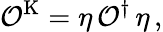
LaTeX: \mathcal{O}^{\mathrm{K}}=\eta\, \mathcal{O}^{\dagger}\, \eta\, ,